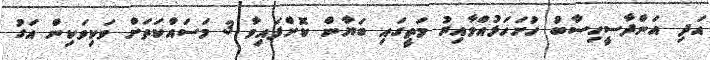
އަދި އަންދާސީހިސާބު ހުށަހަޅުއްވާއިރު މަތީގައި ބަޔާން ކޮށްފައިވާ 3 މަސައްކަތަށް ވަކިވަކިން އަގު